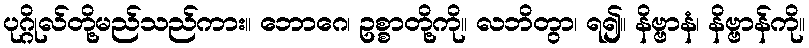
ပုဂ္ဂိုလ်တို့မည်သည်ကား။ ဘောဂေ၊ ဥစ္စာတို့ကို။ လဘိတွာ၊ ရ၍။ နိဗ္ဗာနံ၊ နိဗ္ဗာန်ကို။